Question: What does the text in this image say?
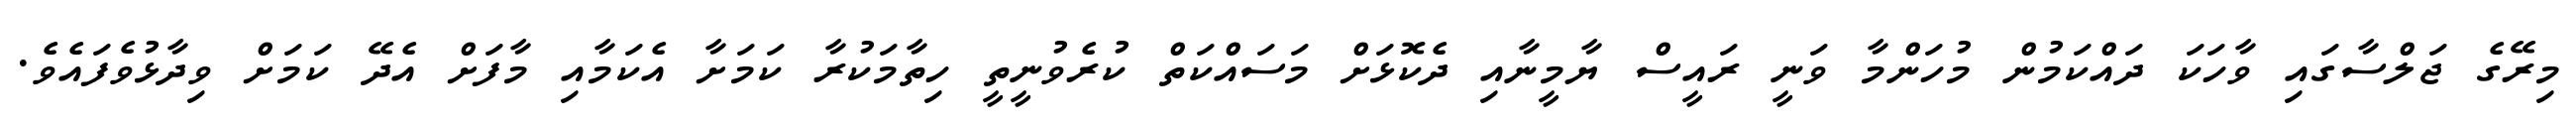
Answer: މިރޭގެ ޖަލްސާގައި ވާހަކަ ދައްކަމުން މުހަންމާ ވަނީ ރައީސް ޔާމީނާއި ދެކޮޅަށް މަސައްކަތް ކުރެވުނީތީ ހިތާމަކުރާ ކަމަށާ އެކަމާއި މާފަށް އެދޭ ކަމަށް ވިދާޅުވެފައެވެ.